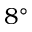
8 ^ { \circ }